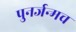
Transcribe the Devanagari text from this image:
पुनर्जन्मच